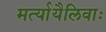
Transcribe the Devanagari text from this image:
मर्त्यायैलिवाः